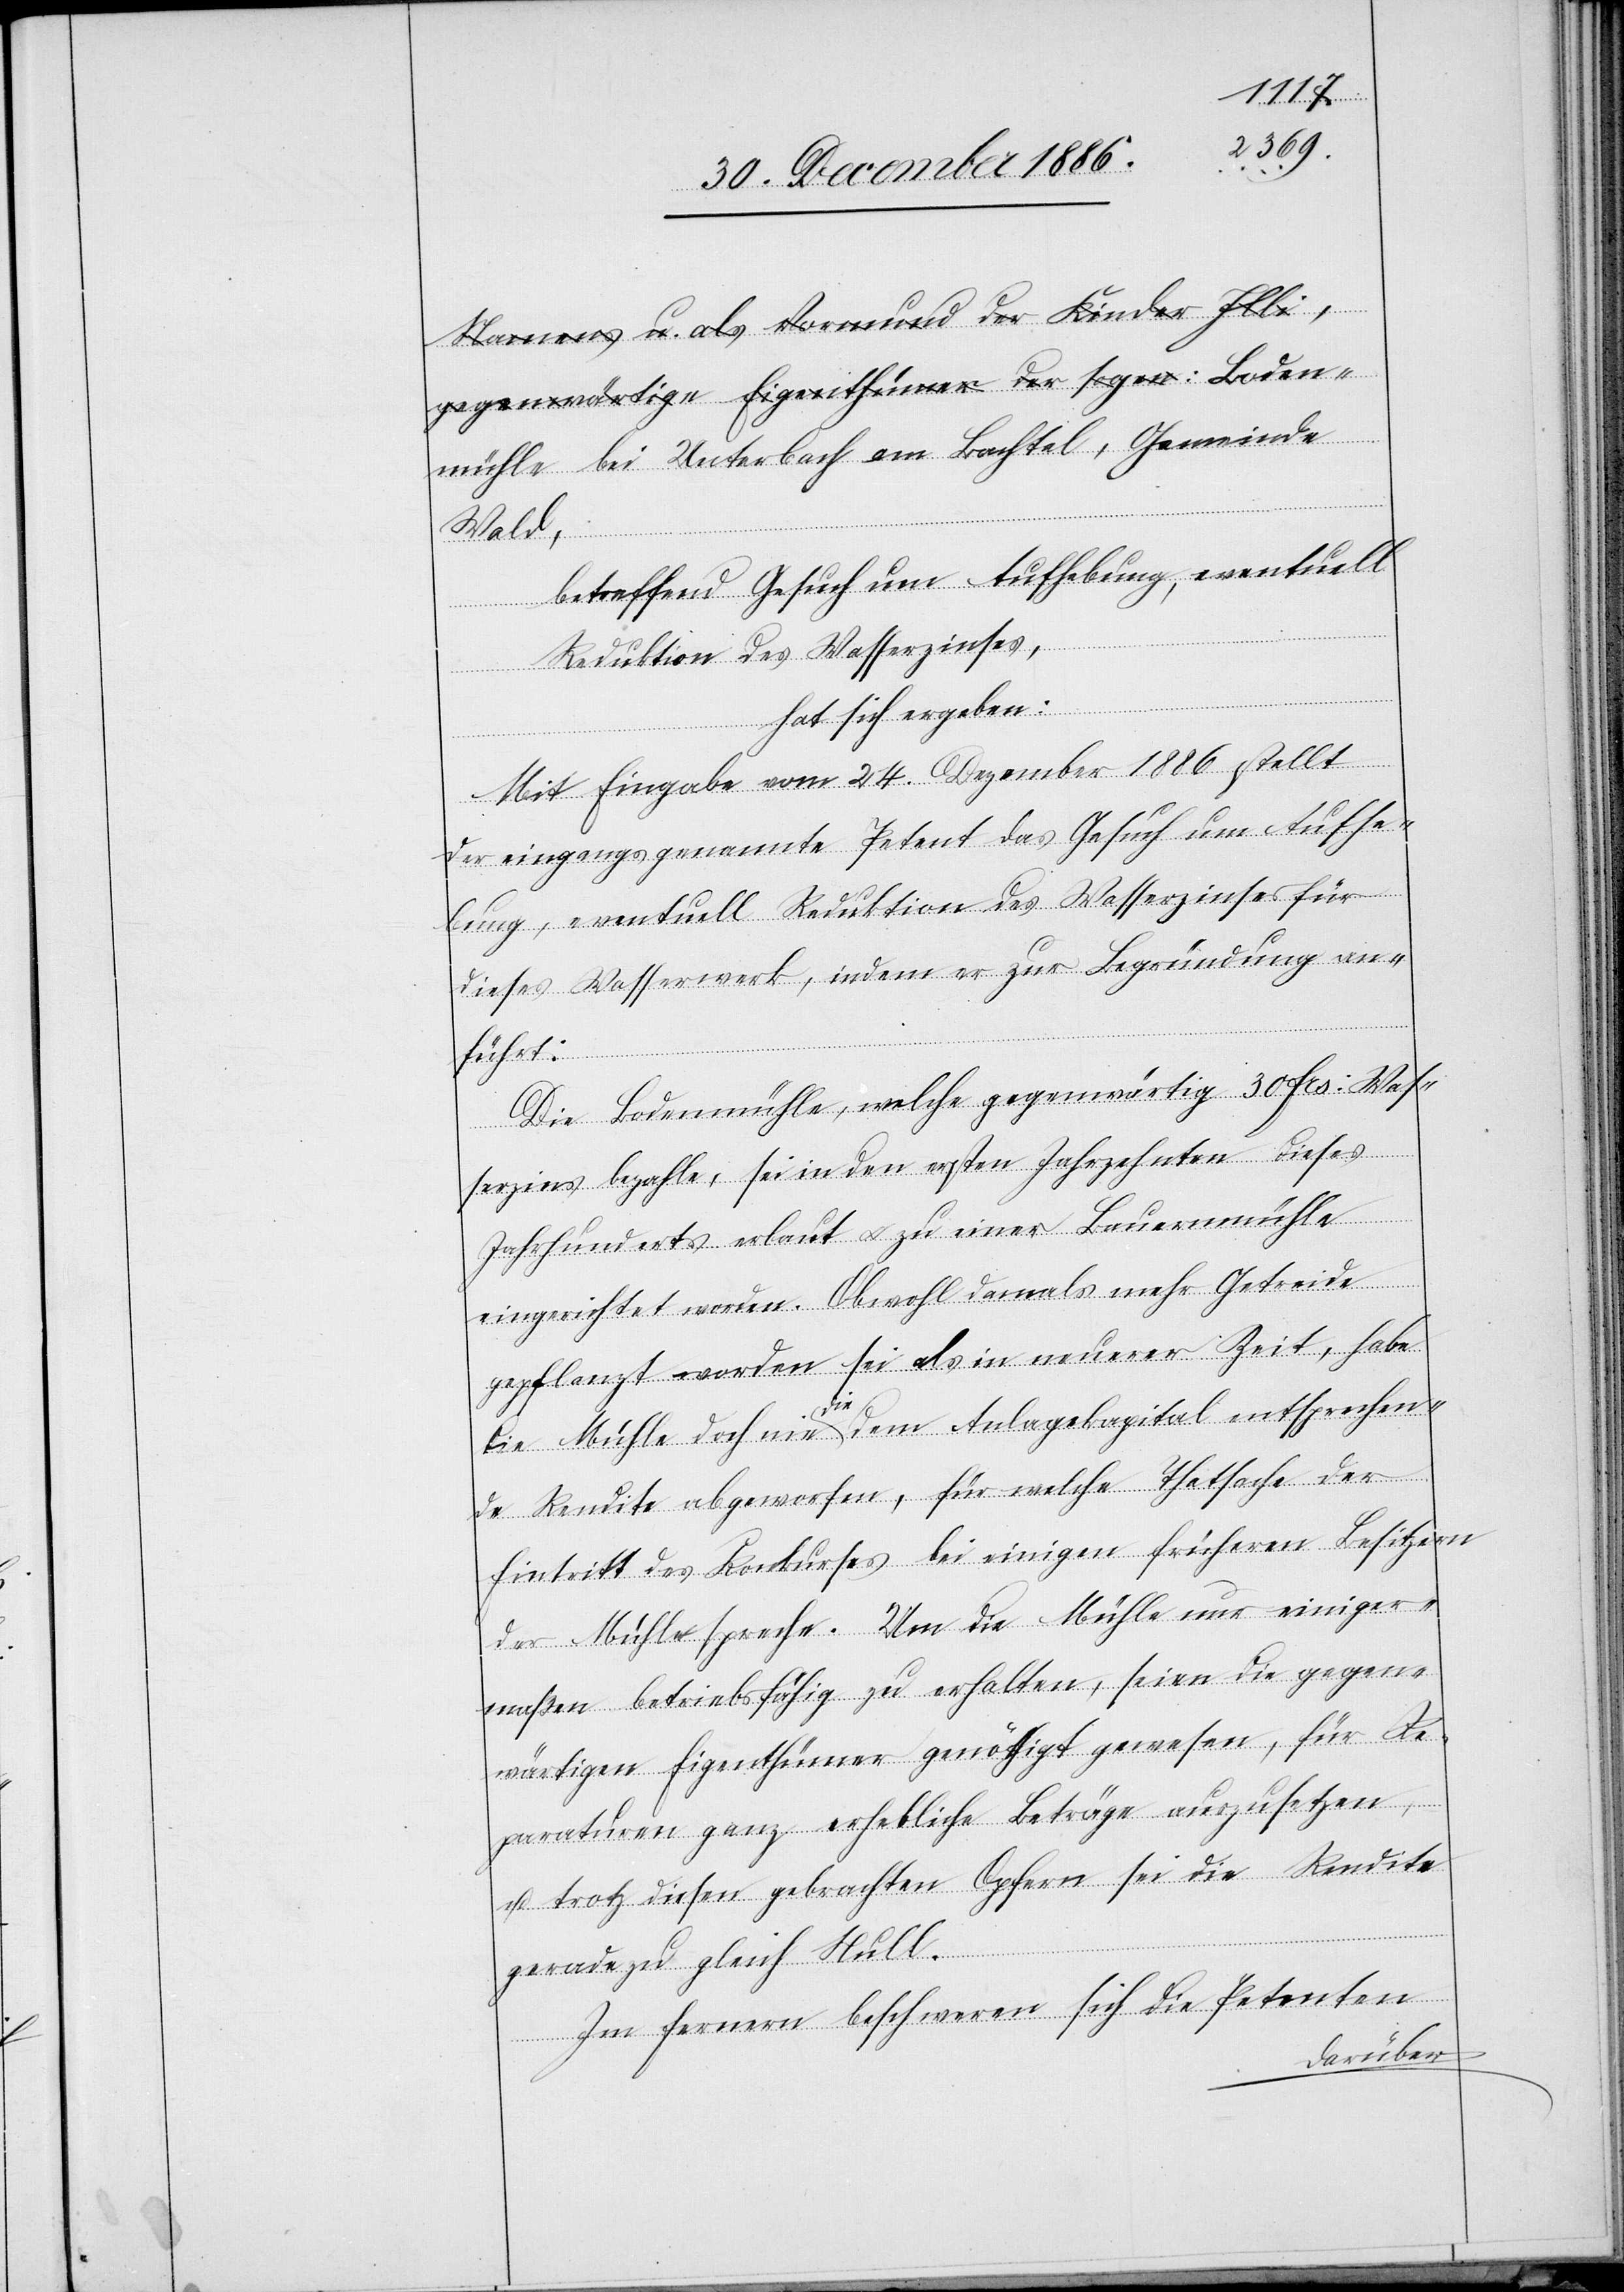
a-Namens u. als Vormund der Kinder Illi,
gegenwärtige Eigenthümer der sogen:-a Boden¬
mühle bei Unterbach am Bachtel, Gemeinde
Wald,
betreffend Gesuch um Aufhebung, eventuell
Reduktion des Wasserzinses,
hat sich ergeben:
Mit Eingabe vom 24. Dezember 1886 stellt
der eingangs genannte Petent das Gesuch um Aufhe¬
bung, eventuell Reduktion des Wasserzinses für
dieses Wasserwerk, indem er zur Begründung an¬
führt:
Die Bodenmühle, welche gegenwärtig 30 Frs: Was¬
serzins bezahle, sei in den ersten Jahrzehnten dieses
Jahrhunderts erbaut & zu einer Bauernmühle
eingerichtet worden. Obwohl damals mehr Getreide
gepflanzt worden sei als in neuerer Zeit, habe
die Mühle doch nie die dem Anlagekapital entsprechen¬
de Rendite abgeworfen, für welche Thatsache der
Eintritt des Konkurses bei einigen früheren Besitzern
der Mühle spreche. Um die Mühle nur einiger¬
maßen betriebsfähig zu erhalten, seien die gegen¬
wärtigen Eigenthümer genöthigt gewesen, für Re¬
paraturen ganz erhebliche Beträge auszusetzen,
u. trotz diesen gebrachten Opfern sei die Rendite
geradezu gleich Null.
Im Fernern beschweren sich die Petenten